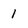
Character: 1